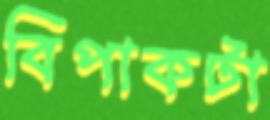
বিপাকটা